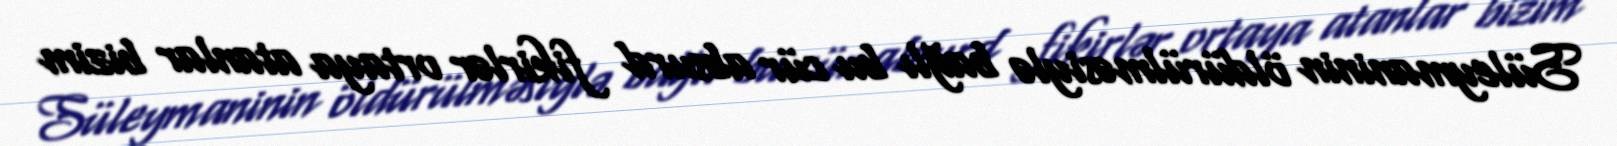
Süleymaninin öldürülməsiylə bağlı bu cür absurd fikirlər ortaya atanlar bizim